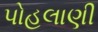
પોહલાણી